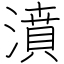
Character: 濆